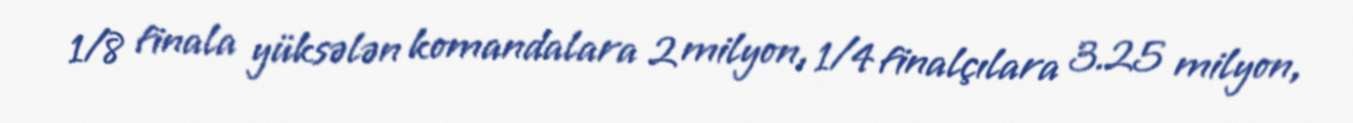
1/8 finala yüksələn komandalara 2 milyon, 1/4 finalçılara 3.25 milyon,